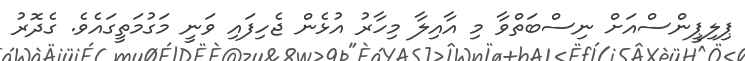
ޕިލިޕީންސްއަށް ނިސްބަތްވާ މި އާއިލާ މިހާރު އުޅެން ޖެހިފައި ވަނީ މަގުމަތީގައެވެ. ގެދޮރު